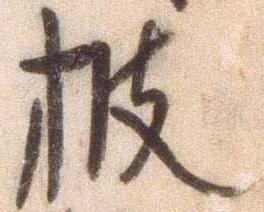
披